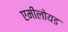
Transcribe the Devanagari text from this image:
एमीलोयड